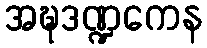
အဍ္ဎဒဏ္ဍကေန